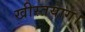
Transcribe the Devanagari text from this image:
खीस्तयाग।